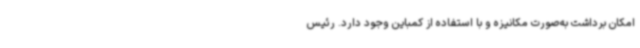
امکان برداشت به‌صورت مکانیزه و با استفاده از کمباین وجود دارد. رئیس